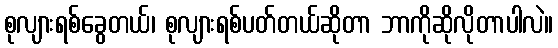
စုလျားရစ်ခွေတယ်၊ စုလျားရစ်ပတ်တယ်ဆိုတာ ဘာကိုဆိုလိုတာပါလဲ။